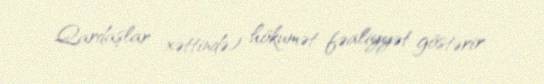
Qardaşlar xəttində) hökumət fəaliyyət göstərir.